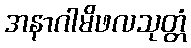
အနာဂါမိဖလသုတ္တံ